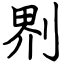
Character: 𠝹